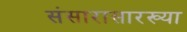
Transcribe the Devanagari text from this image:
संसारासारख्या